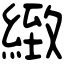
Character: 緻